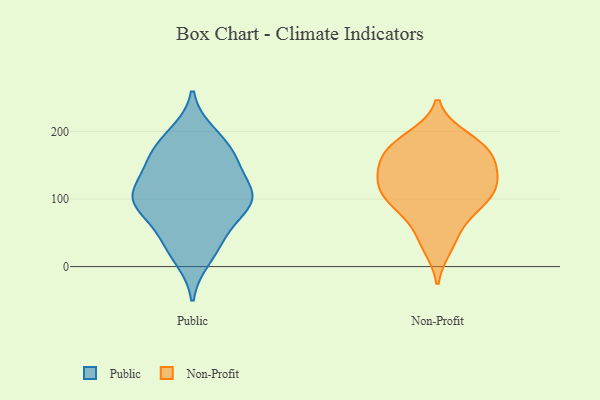
{"axis": {"x": "LTV (USD)", "y": "Value"}, "legend": ["Non-Profit", "Public"], "data": [{"x": "", "y": 197, "type": "Public"}, {"x": "", "y": 101, "type": "Public"}, {"x": "", "y": 181, "type": "Public"}, {"x": "", "y": 158, "type": "Public"}, {"x": "", "y": 142, "type": "Public"}, {"x": "", "y": 39, "type": "Public"}, {"x": "", "y": 95, "type": "Public"}, {"x": "", "y": 91, "type": "Public"}, {"x": "", "y": 95, "type": "Public"}, {"x": "", "y": 12, "type": "Public"}, {"x": "", "y": 46, "type": "Public"}, {"x": "", "y": 98, "type": "Public"}, {"x": "", "y": 118, "type": "Public"}, {"x": "", "y": 161, "type": "Public"}, {"x": "", "y": 190, "type": "Non-Profit"}, {"x": "", "y": 96, "type": "Non-Profit"}, {"x": "", "y": 89, "type": "Non-Profit"}, {"x": "", "y": 177, "type": "Non-Profit"}, {"x": "", "y": 166, "type": "Non-Profit"}, {"x": "", "y": 83, "type": "Non-Profit"}, {"x": "", "y": 31, "type": "Non-Profit"}, {"x": "", "y": 144, "type": "Non-Profit"}, {"x": "", "y": 176, "type": "Non-Profit"}, {"x": "", "y": 44, "type": "Non-Profit"}, {"x": "", "y": 179, "type": "Non-Profit"}, {"x": "", "y": 107, "type": "Non-Profit"}, {"x": "", "y": 118, "type": "Non-Profit"}, {"x": "", "y": 132, "type": "Non-Profit"}, {"x": "", "y": 113, "type": "Non-Profit"}, {"x": "", "y": 131, "type": "Non-Profit"}, {"x": "", "y": 152, "type": "Non-Profit"}]}